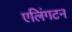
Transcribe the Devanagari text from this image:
एलिंगटन